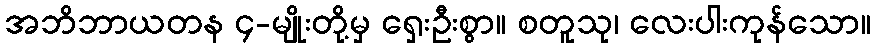
အဘိဘာယတန ၄-မျိုးတို့မှ ရှေးဦးစွာ။ စတူသု၊ လေးပါးကုန်သော။